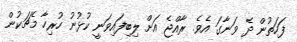
ފަހަތުން ދެ ވަނާގަ އެވެ. ރާއްޖެ އަށް ލިބިފައިވަނީ ކުޅުނު ހުރިހާ މެޗަކުން